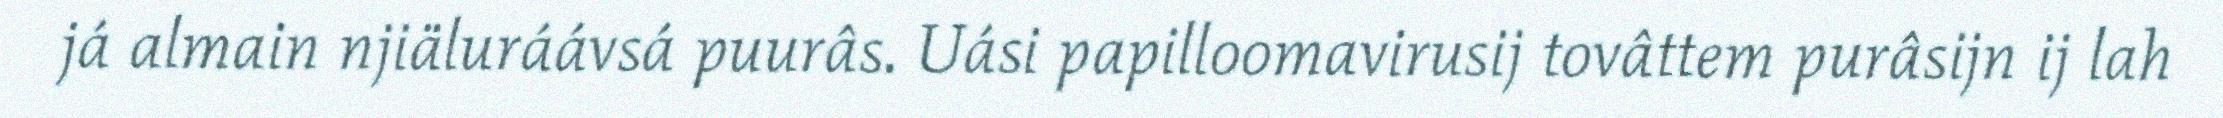
já almain njiäluráávsá puurâs. Uási papilloomavirusij tovâttem purâsijn ij lah